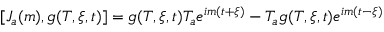
[ J _ { a } ( m ) , g ( T , \xi , t ) ] = g ( T , \xi , t ) T _ { a } e ^ { i m ( t + \xi ) } - T _ { a } g ( T , \xi , t ) e ^ { i m ( t - \xi ) }